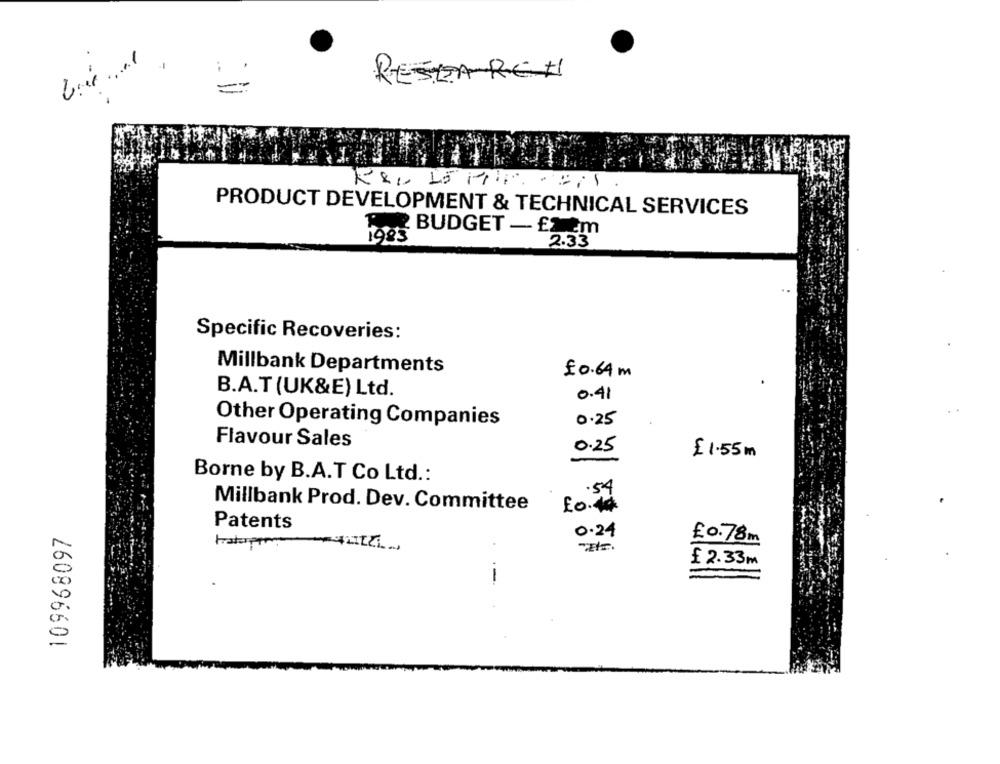
RESEARCH
PRODUCT DEVELOPMENT & TECHNICAL SERVICES
2 BUDGET - £Nem
2.33
Specific Recoveries:
Millbank Departments
£0.64m
B.A.T (UK&E) Ltd.
0.41
0.25
Other Operating Companies
Flavour Sales
0.25
£1.55m
Borne by B.A.T Co Ltd .:
.54
Millbank Prod. Dev. Committee
fo.#
Patents
109968097
0.24
£0.78m
£ 2.33m